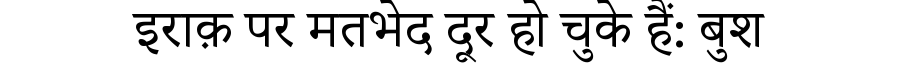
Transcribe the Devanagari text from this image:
इराक़ पर मतभेद दूर हो चुके हैं: बुश